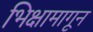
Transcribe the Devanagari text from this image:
भिक्षामागून